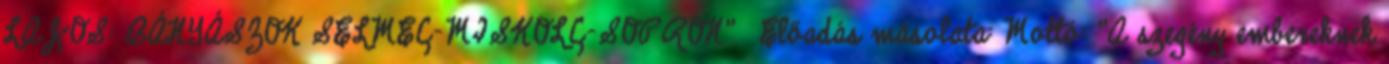
LAJOS: BÁNYÁSZOK SELMEC-MISKOLC-SOPRON"— Előadás másolata: Mottó: "A szegény embereknek